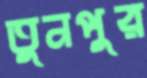
তুনপুর